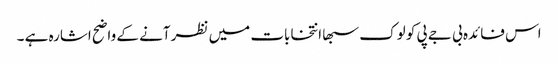
اس فائدہ بی جے پی کو لوک سبھا انتخابات میں نظر آنے کے واضح اشارہ ہے ۔